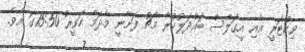
ވިކްޓަރީ އާއި އީގަލްސް ބައްދަލުކުރާ މެޗު ފަށާނީ މާދަމާ ހަވީރު 15:50ގަ އެވެ.